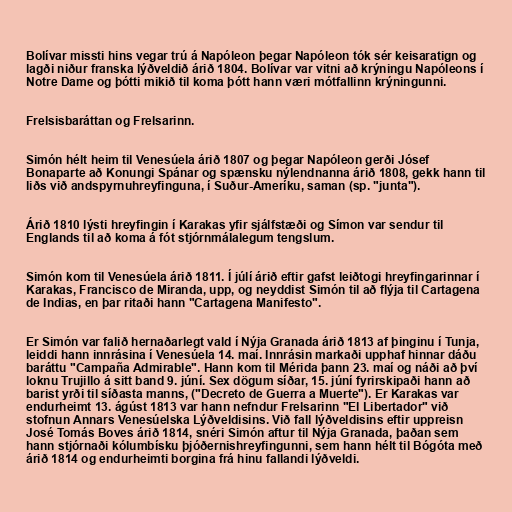
Bolívar missti hins vegar trú á Napóleon þegar Napóleon tók sér keisaratign og
lagði niður franska lýðveldið árið 1804. Bolívar var vitni að krýningu Napóleons í
Notre Dame og þótti mikið til koma þótt hann væri mótfallinn krýningunni.

Frelsisbaráttan og Frelsarinn.

Simón hélt heim til Venesúela árið 1807 og þegar Napóleon gerði Jósef
Bonaparte að Konungi Spánar og spænsku nýlendnanna árið 1808, gekk hann til
liðs við andspyrnuhreyfinguna, í Suður-Ameríku, saman (sp. "junta").

Árið 1810 lýsti hreyfingin í Karakas yfir sjálfstæði og Símon var sendur til
Englands til að koma á fót stjórnmálalegum tengslum.

Simón kom til Venesúela árið 1811. Í júlí árið eftir gafst leiðtogi hreyfingarinnar í
Karakas, Francisco de Miranda, upp, og neyddist Simón til að flýja til Cartagena
de Indias, en þar ritaði hann "Cartagena Manifesto".

Er Simón var falið hernaðarlegt vald í Nýja Granada árið 1813 af þinginu í Tunja,
leiddi hann innrásina í Venesúela 14. maí. Innrásin markaði upphaf hinnar dáðu
baráttu "Campaña Admirable". Hann kom til Mérida þann 23. maí og náði að því
loknu Trujillo á sitt band 9. júní. Sex dögum síðar, 15. júní fyrirskipaði hann að
barist yrði til síðasta manns, ("Decreto de Guerra a Muerte"). Er Karakas var
endurheimt 13. ágúst 1813 var hann nefndur Frelsarinn "El Libertador" við
stofnun Annars Venesúelska Lýðveldisins. Við fall lýðveldisins eftir uppreisn
José Tomás Boves árið 1814, snéri Simón aftur til Nýja Granada, þaðan sem
hann stjórnaði kólumbísku þjóðernishreyfingunni, sem hann hélt til Bógóta með
árið 1814 og endurheimti borgina frá hinu fallandi lýðveldi.